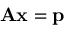
\mathbf { A x } = \mathbf { p }